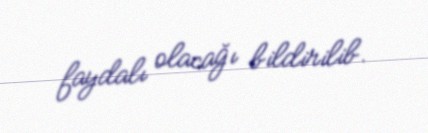
faydalı olacağı bildirilib.